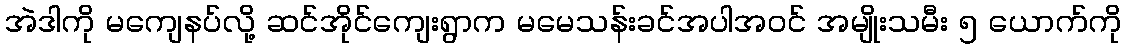
အဲဒါကို မကျေနပ်လို့ ဆင်အိုင်ကျေးရွာက မမေသန်းခင်အပါအဝင် အမျိုးသမီး ၅ ယောက်ကို